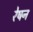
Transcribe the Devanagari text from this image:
रेषन